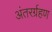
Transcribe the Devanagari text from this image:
अंतरर्ग्रहण